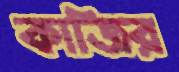
কাজির